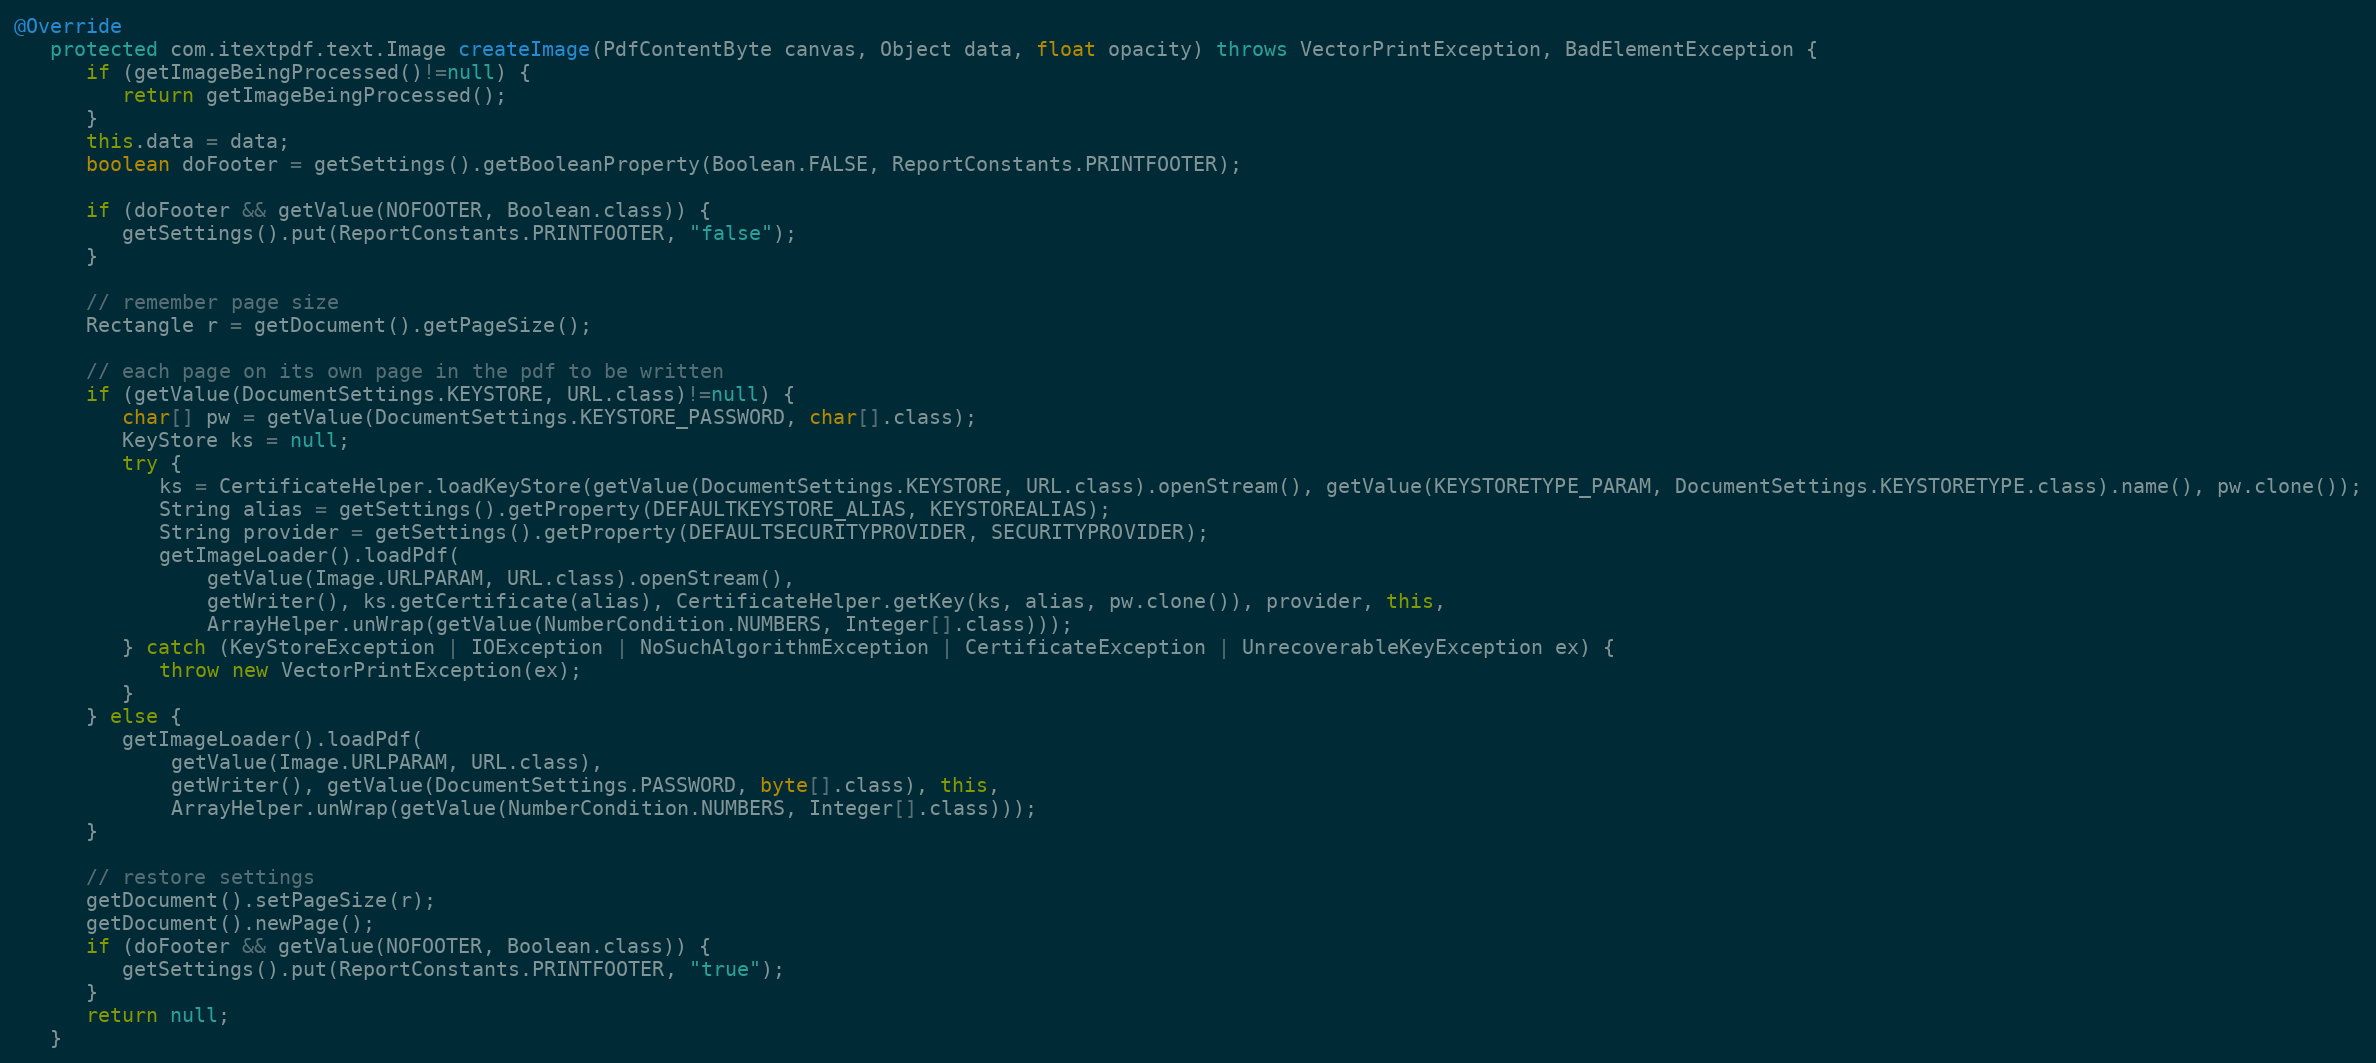
Language: Java
@Override
   protected com.itextpdf.text.Image createImage(PdfContentByte canvas, Object data, float opacity) throws VectorPrintException, BadElementException {
      if (getImageBeingProcessed()!=null) {
         return getImageBeingProcessed();
      }
      this.data = data;
      boolean doFooter = getSettings().getBooleanProperty(Boolean.FALSE, ReportConstants.PRINTFOOTER);

      if (doFooter && getValue(NOFOOTER, Boolean.class)) {
         getSettings().put(ReportConstants.PRINTFOOTER, "false");
      }

      // remember page size
      Rectangle r = getDocument().getPageSize();

      // each page on its own page in the pdf to be written
      if (getValue(DocumentSettings.KEYSTORE, URL.class)!=null) {
         char[] pw = getValue(DocumentSettings.KEYSTORE_PASSWORD, char[].class);
         KeyStore ks = null;
         try {
            ks = CertificateHelper.loadKeyStore(getValue(DocumentSettings.KEYSTORE, URL.class).openStream(), getValue(KEYSTORETYPE_PARAM, DocumentSettings.KEYSTORETYPE.class).name(), pw.clone());
            String alias = getSettings().getProperty(DEFAULTKEYSTORE_ALIAS, KEYSTOREALIAS);
            String provider = getSettings().getProperty(DEFAULTSECURITYPROVIDER, SECURITYPROVIDER);
            getImageLoader().loadPdf(
                getValue(Image.URLPARAM, URL.class).openStream(),
                getWriter(), ks.getCertificate(alias), CertificateHelper.getKey(ks, alias, pw.clone()), provider, this,
                ArrayHelper.unWrap(getValue(NumberCondition.NUMBERS, Integer[].class)));
         } catch (KeyStoreException | IOException | NoSuchAlgorithmException | CertificateException | UnrecoverableKeyException ex) {
            throw new VectorPrintException(ex);
         }
      } else {
         getImageLoader().loadPdf(
             getValue(Image.URLPARAM, URL.class),
             getWriter(), getValue(DocumentSettings.PASSWORD, byte[].class), this,
             ArrayHelper.unWrap(getValue(NumberCondition.NUMBERS, Integer[].class)));
      }

      // restore settings
      getDocument().setPageSize(r);
      getDocument().newPage();
      if (doFooter && getValue(NOFOOTER, Boolean.class)) {
         getSettings().put(ReportConstants.PRINTFOOTER, "true");
      }
      return null;
   }